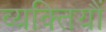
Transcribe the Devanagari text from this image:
व्यक्तियौं